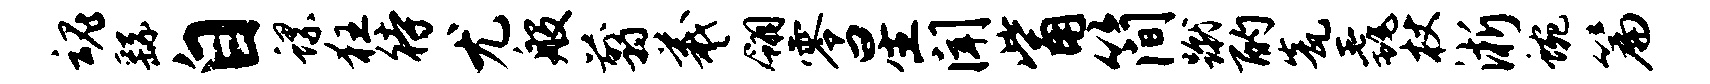
魂繇自螺狂待尤般翦羲翎零星闻觜简蹴酌瓮毳杖淅蜿篇